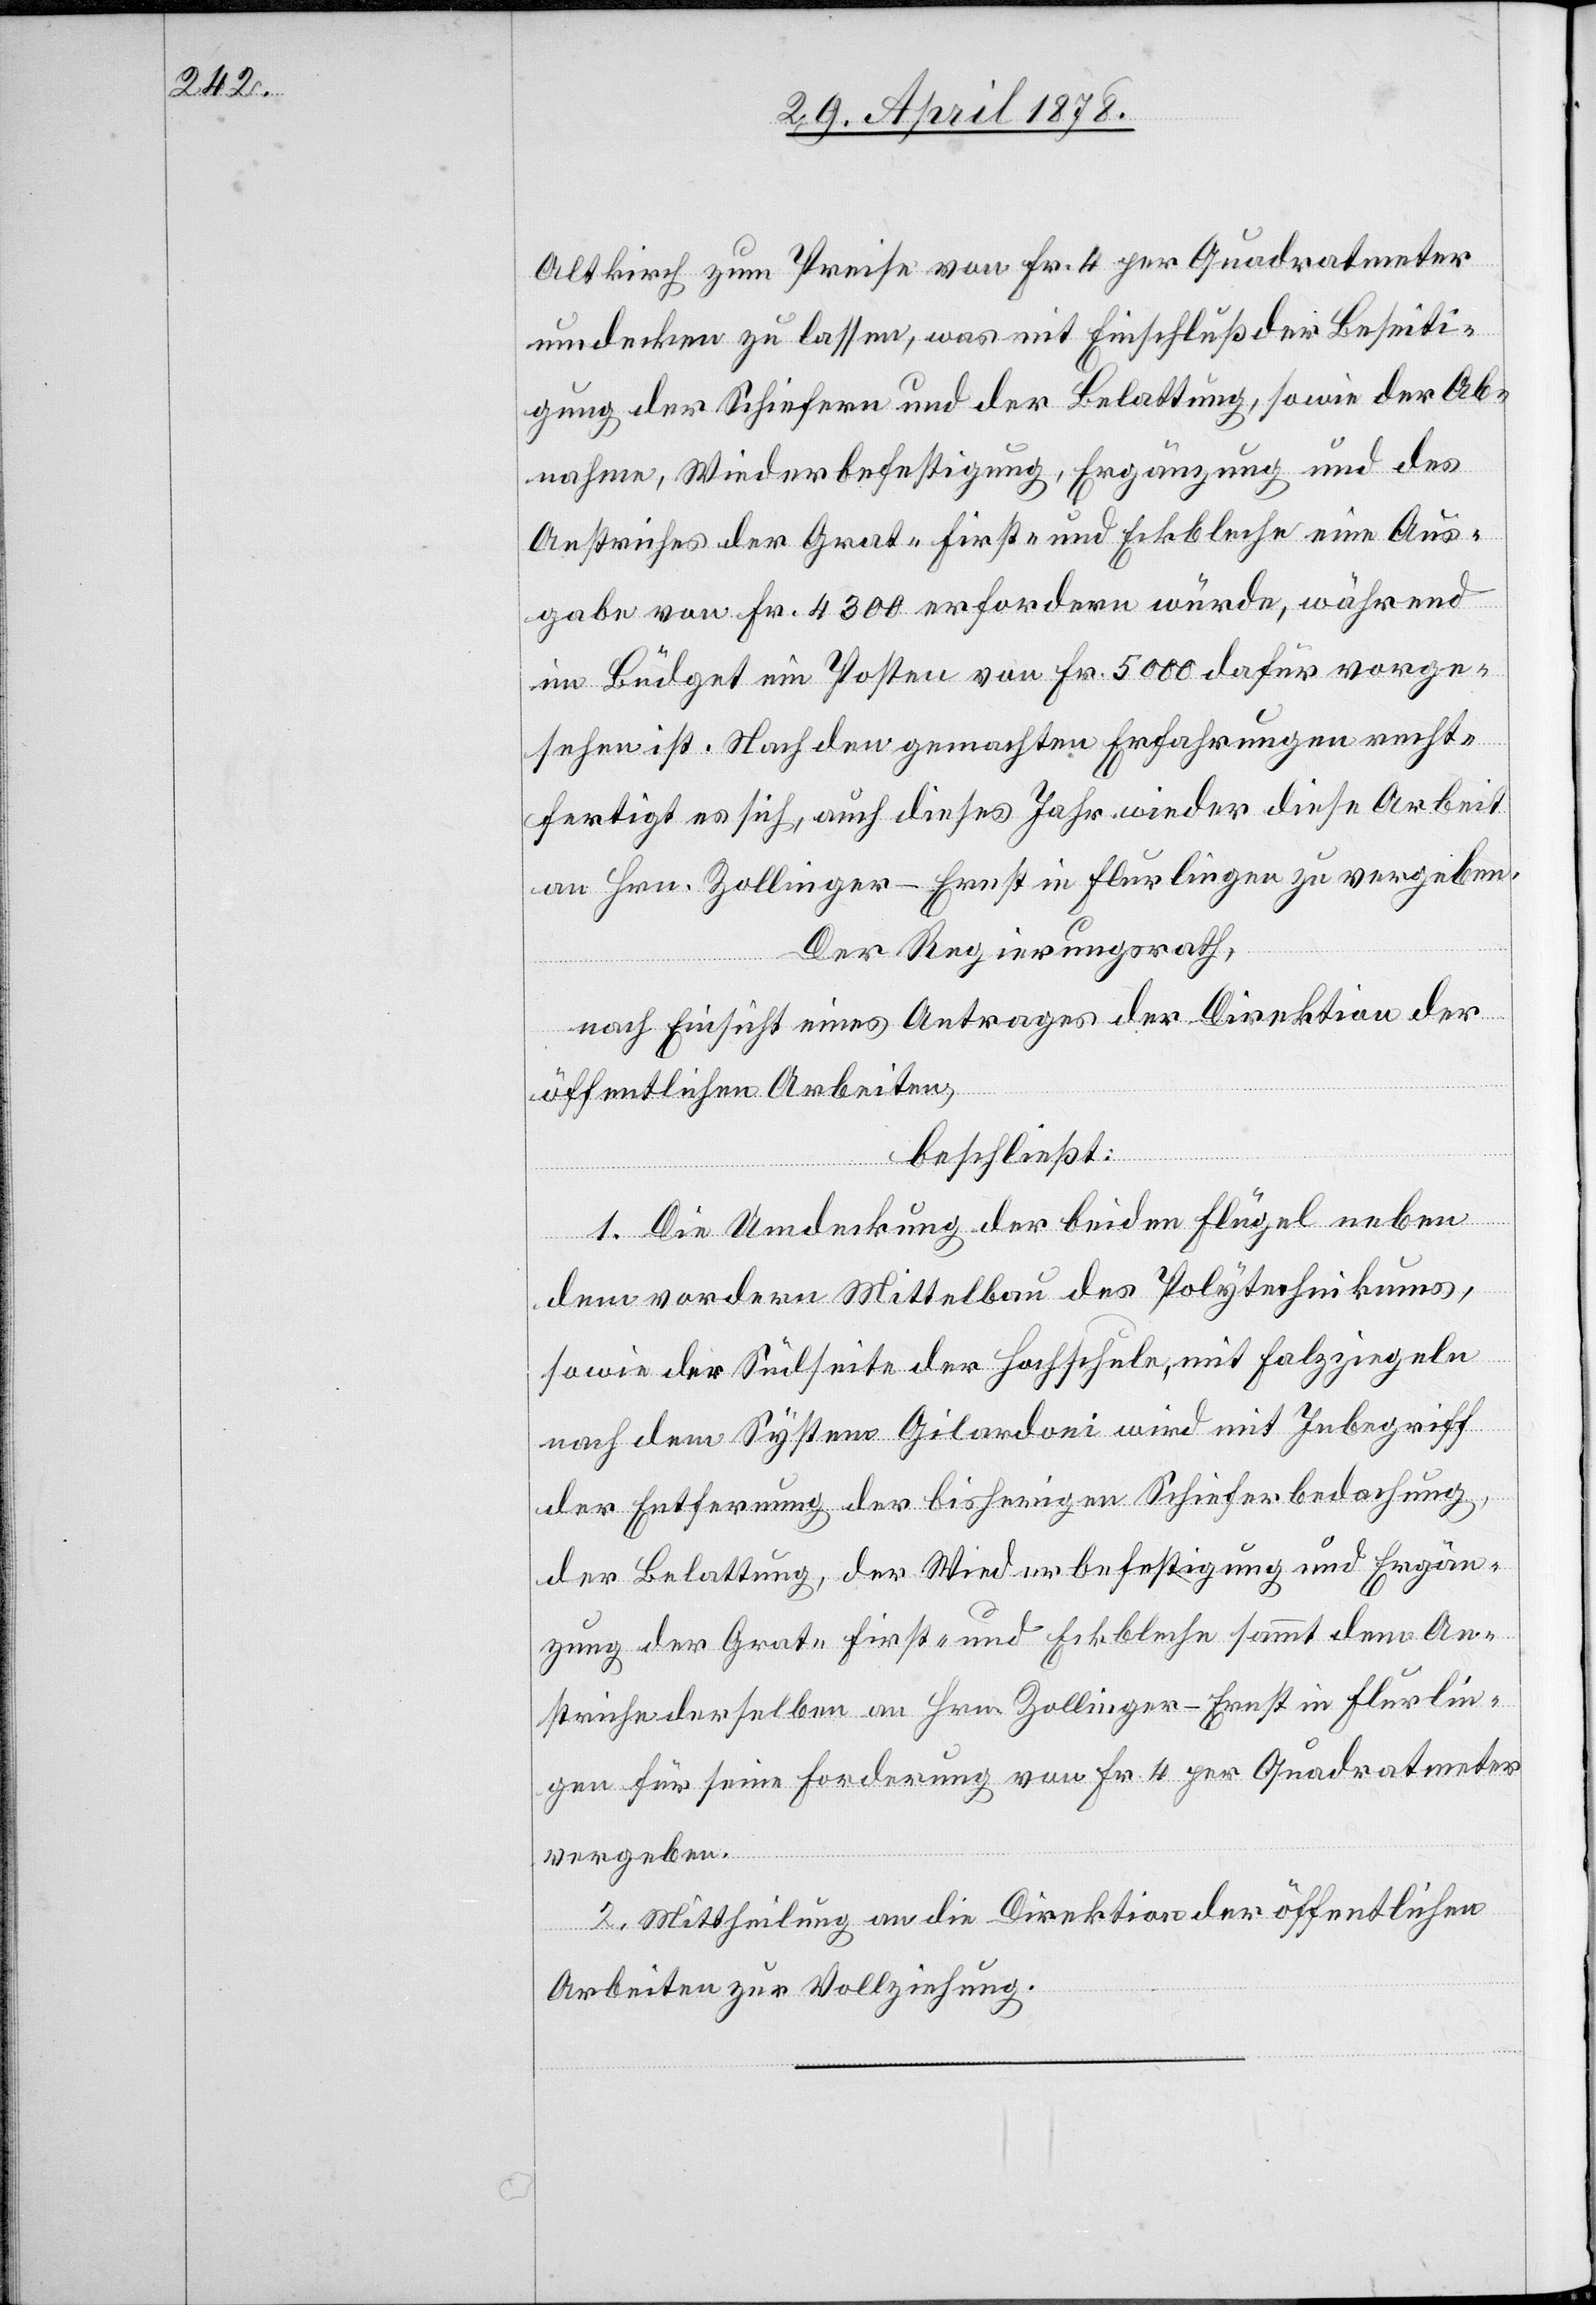
Altkirch zum Preise von Fr. 4 per Quadratmeter
umdecken zu lassen, was mit Einschluß der Beseiti¬
gung der Schiefern und der Belattung, sowie der Ab¬
nahme, Wiederbefestigung, Ergänzung und des
Anstriches der Grat-[,] First- und Eckbleche eine Aus¬
gabe von Fr. 4300 erfordern würde, während
im Büdget ein Posten von Fr. 5000 dafür vorge¬
sehen ist. Nach den gemachten Erfahrungen recht¬
fertigt es sich, auch dieses Jahr wieder diese Arbeit
an Hrn. Zollinger-Ernst in Flurlingen zu vergeben.
Der Regierungsrath,
nach Einsicht eines Antrages der Direktion der
öffentlichen Arbeiten,
beschließt:
1. Die Umdeckung der beiden Flügel neben
dem vordern Mittelbau des Polytechnikums,
sowie der Südseite der Hochschule, mit Falzziegeln
nach dem System Gilardoni [sic!] wird mit Inbegriff
der Entfernung der bisherigen Schieferbedachung,
der Belattung, der Wiederbefestigung und Ergän¬
zung der Grat-[,] First- und Eckbleche sammt dem An¬
striche derselben an Hrn. Zollinger-Ernst in Flurlin¬
gen für seine Forderung von Fr. 4 per Quadratmeter
vergeben.
2. Mittheilung an die Direktion der öffentlichen
Arbeiten zur Vollziehung.